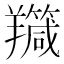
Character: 𦏣